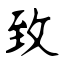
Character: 致